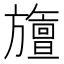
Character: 旜